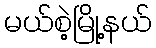
မယ်စဲ့မြို့နယ်